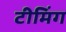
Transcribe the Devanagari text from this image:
टीमिंग